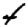
Digit: 4